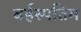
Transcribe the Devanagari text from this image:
बर्हस्पतिम